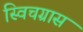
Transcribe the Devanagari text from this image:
स्विचग्रास